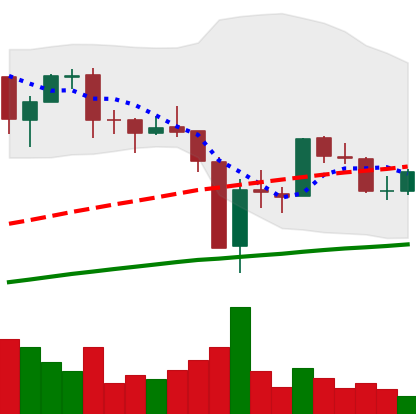
Ticker: BTC-USD
Chart end date: 2017-09-23
Forward return: 10.082%
Label: up_7plus